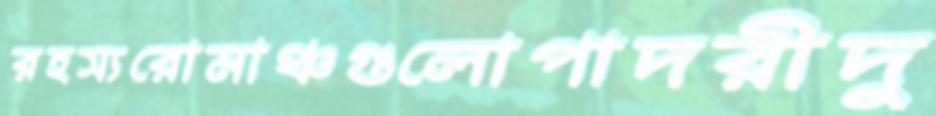
রহস্যরোমাঞ্চগুলোপাদরীদু